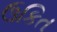
ઉકિત